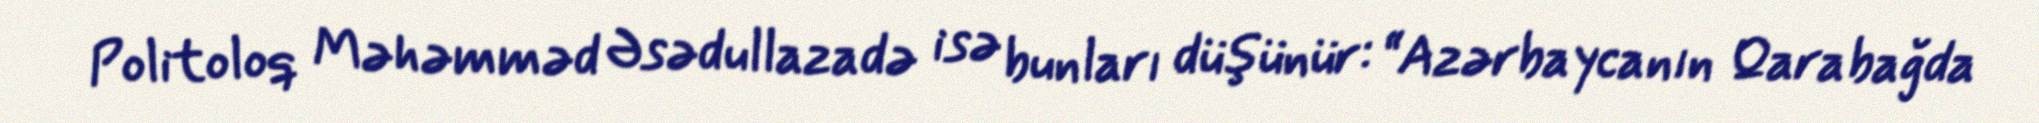
Politoloq Məhəmməd Əsədullazadə isə bunları düşünür: “Azərbaycanın Qarabağda